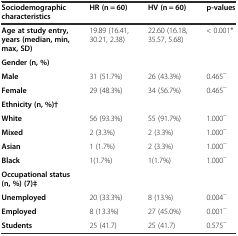
| Sociodemographic characteristics | HR (n = 60) | HV (n = 60) | p-values |
 | --- | --- | --- | --- |
 | Age at study entry, years (median, min, max, SD) | 19.89 (16.41, 30.21, 2.38) | 22.60 (16.18, 35.57, 5.68) | < 0.001* |
 | Gender (n, %) |  |  |  |
 | Male | 31 (51.7%) | 26 (43.3%) | 0.465~ |
 | Female | 29 (48.3%) | 34 (56.7%) | 0.465~ |
 | Ethnicity (n, %)† |  |  |  |
 | White | 56 (93.3%) | 55 (91.7%) | 1.000~ |
 | Mixed | 2 (3.3%) | 2 (3.3%) | 1.000~ |
 | Asian | 1 (1.7%) | 2 (3.3%) | 1.000~ |
 | Black | 1(1.7%) | 1(1.7%) | 1.000~ |
 | Occupational status (n, %) (7)‡ |  |  |  |
 | Unemployed | 20 (33.3%) | 8 (13.%) | 0.004~ |
 | Employed | 8 (13.3%) | 27 (45.0%) | 0.001~ |
 | Students | 25 (41.7) | 25 (41.7) | 0.575~ |